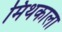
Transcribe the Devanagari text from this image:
मिथकाला